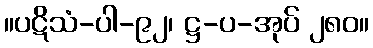
။ပဋိသံ-ပါ-၉၂၊ ဋ္ဌ-ပ-အုပ် ၂၈၀။